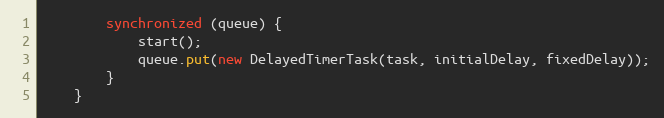
Language: Java
    	synchronized (queue) {
	    	start();
	        queue.put(new DelayedTimerTask(task, initialDelay, fixedDelay));
    	}
    }